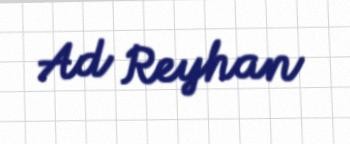
Ad Reyhan